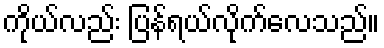
ကိုယ်လည်း ပြန်ရယ်လိုက်လေသည်။